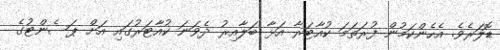
ޑޮލަރެވެ. އެހެންކަމުން ފުރަތަމަ ކުއާޓަރާ އަޅާ ބަލާއިރު ދެވަނަ ކުއާޓަރުގައި އަށް ޕަސެންޓުގެ